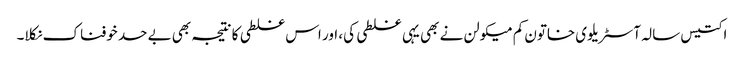
اکتیس سالہ آسٹریلوی خاتون کم میکولن نے بھی یہی غلطی کی، اور اس غلطی کا نتیجہ بھی بے حد خوفناک نکلا۔